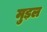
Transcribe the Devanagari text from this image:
मुड़ल